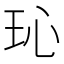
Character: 𪻒